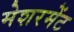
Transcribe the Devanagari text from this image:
मेशरमेंट